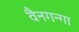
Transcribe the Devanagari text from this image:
वैनगन्गा